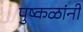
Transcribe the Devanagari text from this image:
पुष्कळांनीं